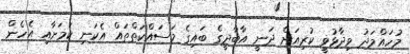
މުހައްމަދު ވިދާޅުވީ ކުރިއަށް ދަނީ އާބާދީގެ ބައިގެ މަސައްކަތްތައް އެކަނި ކަމަށާއި އެހެން